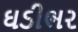
ઘડીભર